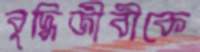
বুদ্ধিজীবীকে